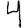
Digit: 4